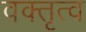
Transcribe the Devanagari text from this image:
वक्‍तृत्व